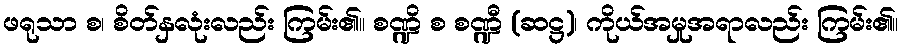
ဖရုသာ စ၊ စိတ်နှလုံးလည်း ကြမ်း၏။ စဏ္ဍိ စ စဏ္ဍီ (ဆဋ္ဌ)၊ ကိုယ်အမှုအရာလည်း ကြမ်း၏။